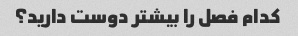
کدام فصل را بیشتر دوست دارید؟